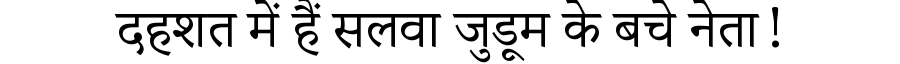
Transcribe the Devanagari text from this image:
दहशत में हैं सलवा जुडूम के बचे नेता!